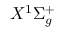
X ^ { 1 } \Sigma _ { g } ^ { + }